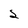
Character: 2